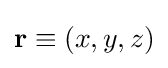
\mathbf {r} \equiv (x,y,z)